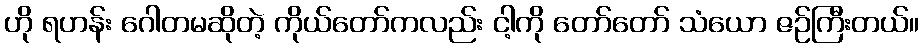
ဟို ရဟန်း ဂေါတမဆိုတဲ့ ကိုယ်တော်ကလည်း ငါ့ကို တော်တော် သံယော ဇဉ်ကြီးတယ်။